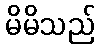
မိမိသည်